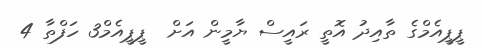
ޕީޕީއެމްގެ ތާއިދު އޮތީ ރައީސް ޔާމީން އަށް  ޕީޕީއެމް3 ހަފްތާ 4